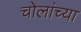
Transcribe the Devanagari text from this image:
चोलांच्या